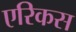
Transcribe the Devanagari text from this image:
एरिकस